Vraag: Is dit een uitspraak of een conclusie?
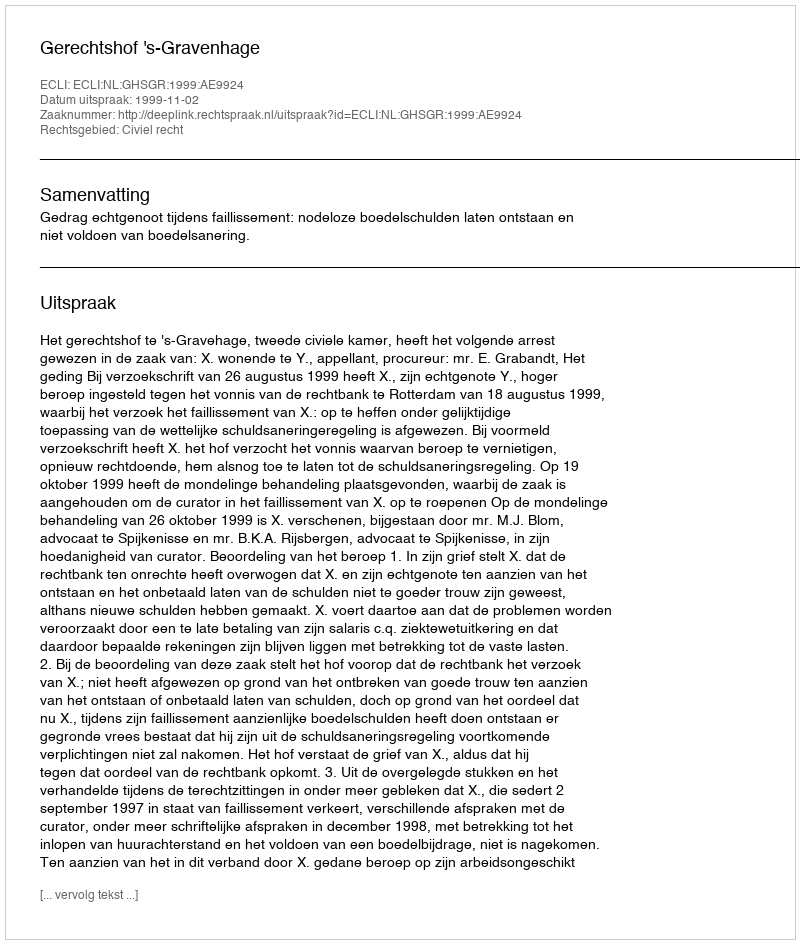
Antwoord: Uitspraak